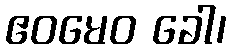
ဧဝမေဝ ခေါ၊